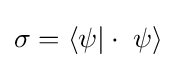
\sigma =\langle \psi |\cdot \;\psi \rangle